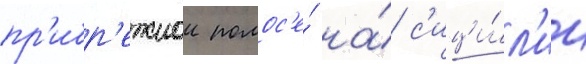
пр'ибр'ежнои полос'е́ на́ с'ици́л'ии